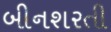
બીનશરતી